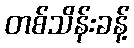
တစ်သိန်းခန့်